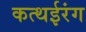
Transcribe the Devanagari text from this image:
कत्थईरंग